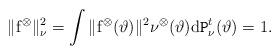
LaTeX: \begin{align*} \|\mathrm{f}^\otimes\|^2_\nu=\int\|\mathrm{f}^\otimes(\vartheta)\|^2\nu^\otimes(\vartheta) \mathrm{d}\texttt{P}^t_\nu(\vartheta)=1. \end{align*}